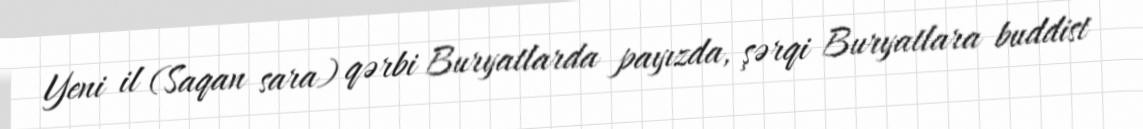
Yeni il (Saqan sara) qərbi Buryatlarda payızda, şərqi Buryatlara buddist